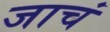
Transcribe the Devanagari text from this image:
जाचं